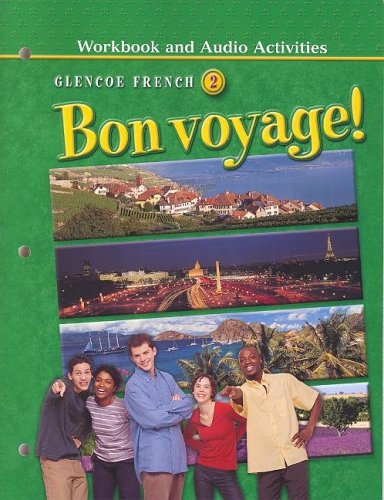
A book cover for Bon voyage! Level 2 Workbook and Audio Activities Student Edition; McGraw-Hill; Teen & Young Adult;